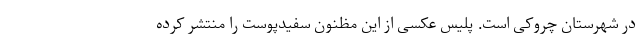
در شهرستان چروکی است. پلیس عکسی از این مظنون سفیدپوست را منتشر کرده